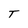
Character: T